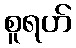
စူရဟ်